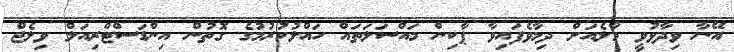
އޭނާ ވިދާޅުވީ މާލެއަށް ދިމާވެފައިވާ ޕާކިން މައްސަލަތައް ހައްލުކުރުމުގެ ގޮތުން އިންޑަސްޓްރިއަލް ވިލެޖް